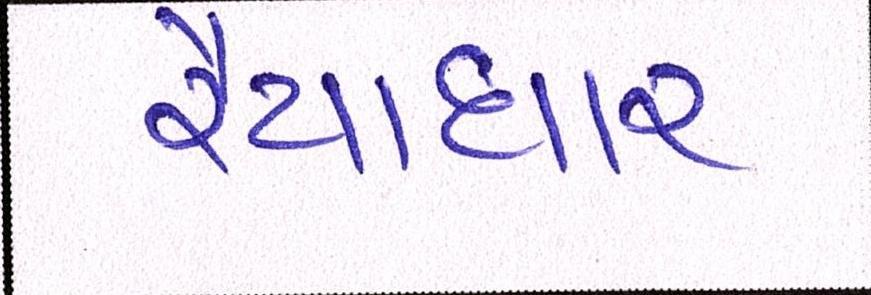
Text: રૈયાધાર